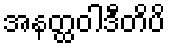
အနတ္ထဝါဒီတိပိ